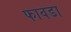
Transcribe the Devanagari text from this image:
फावडा